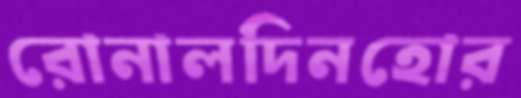
রোনালদিনহোর